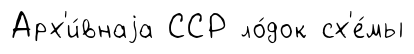
Арх'и́внаjа ССР ло́док сх'е́мы